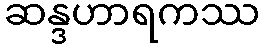
ဆန္ဒဟာရကဿ